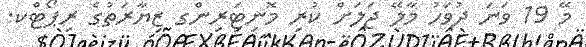
މޭ 19 ވަނަ ދުވަހު މާލޭ ޖަލަށް ކުރި މޮނިޓަރިންގ ޒިޔާރަތުގެ ރިޕޯޓްކ.